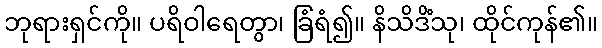
ဘုရားရှင်ကို။ ပရိဝါရေတွာ၊ ခြံရံ၍။ နိသိဒိံသု၊ ထိုင်ကုန်၏။